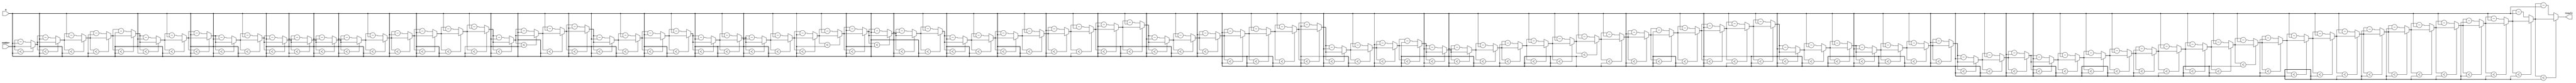
`timescale 1ns / 1ps
//////////////////////////////////////////////////////////////////////////////////
// Company: 
// Engineer: 
// 
// Design Name: 
// Module Name:    ReductionModulo 
// Project Name: 
// Target Devices: 
// Tool versions: 
// Description: 
//
// Dependencies: 
//
// Revision: 
// Revision 0.01 - File Created
// Additional Comments: 
//
//////////////////////////////////////////////////////////////////////////////////
module ReductionModulo(number, m, result);

input [31:0] number;
input [31:0] m;
output [31:0] result;

reg [31:0] result;

//We assume number > m
integer i;

always @(number or m)
begin
	result = number;
	for(i=0;i<101;i=i+1)
	begin
		if(result < m)
			begin
				i=101;
			end
		else
			begin
				result = result - m;
			end
	end
end
endmodule